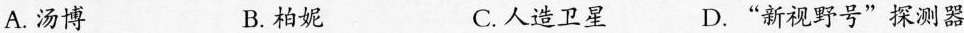
A. 汤博 B. 柏妮 C.人造卫星 D.“新视野号” 探测器